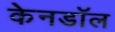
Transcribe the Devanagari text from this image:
केनडॉल